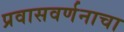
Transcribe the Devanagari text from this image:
प्रवासवर्णनाचा